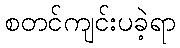
စတင်ကျင်းပခဲ့ရာ